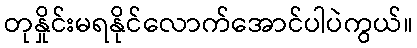
တုနှိုင်းမရနိုင်လောက်အောင်ပါပဲကွယ်။